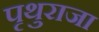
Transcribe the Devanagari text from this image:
पृथुराजा